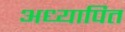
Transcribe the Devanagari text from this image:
अध्यापित